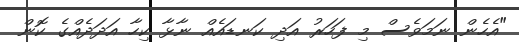
"އެހެން ނަމަވެސް މި ފަހަރު އަދި ކަނޑައެއް ނާޅާ ކިހާ އަދަދެއްގެ ކޮން